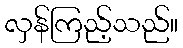
လှန်ကြည့်သည်။